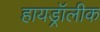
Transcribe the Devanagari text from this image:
हायड्रॉलीक